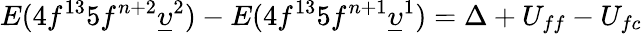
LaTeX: E(4f^{13}5f^{n+2}\underline{{\upsilon}}^{2})-E(4f^{13}5f^{n+1}\underline{{\upsilon}}^{1})=\Delta+U_{ff}-U_{fc}